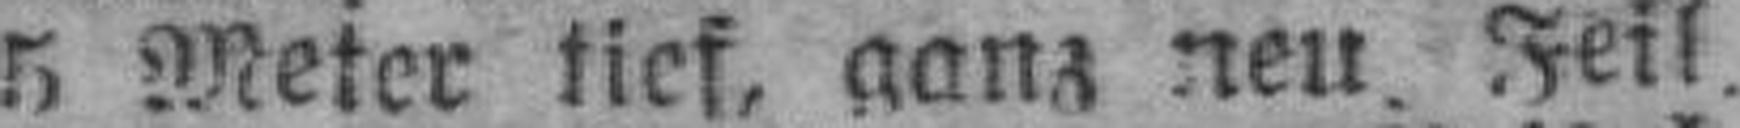
5 Meter tief, ganz neu Feil.